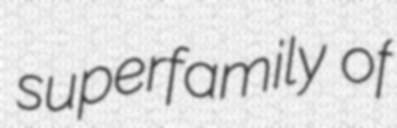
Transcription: superfamily of